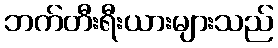
ဘက်တီးရီးယားများသည်